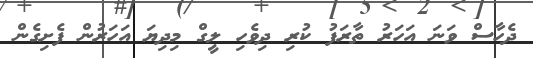
ދެހާސް ވަނަ އަހަރު ތާރަފު ކުރި ދިވެހި ލީގް މިދިޔަ އަހަރުން ފެށިގެން